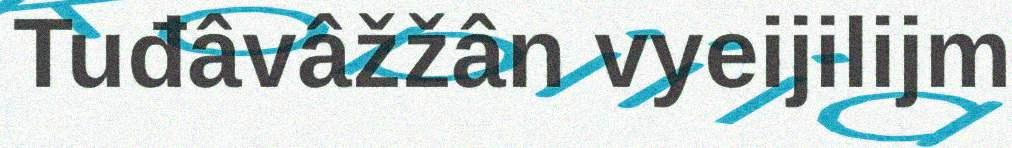
Tuđâvâžžân vyeijilijm